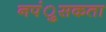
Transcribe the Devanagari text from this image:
नपंुसकता